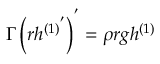
{ \Gamma } \left( { r h { ^ { ( 1 ) } } ^ { ' } } \right) ^ { ' } = \rho { r g } h ^ { ( 1 ) }